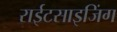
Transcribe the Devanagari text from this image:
राईटसाइजिंग